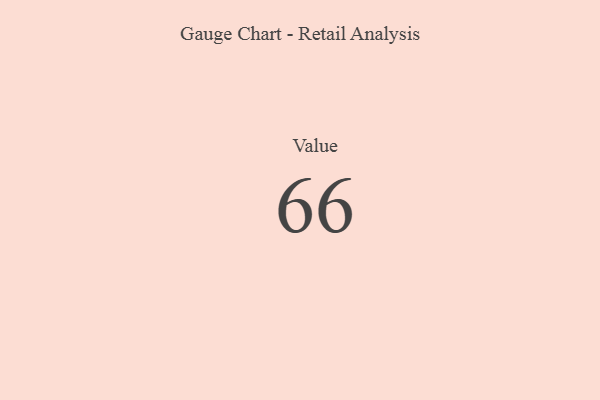
{"axis": {"x": "Metric", "y": "Value"}, "legend": [""], "data": [{"x": "Value", "y": 66, "type": ""}]}